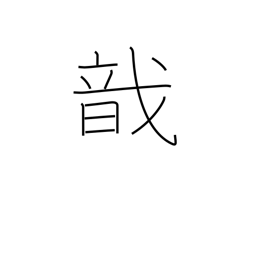
Meaning: to gather